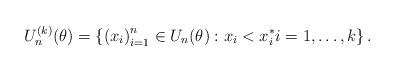
LaTeX: \begin{align*}U_n^{(k)}(\theta) = \left\{ \left( x_i \right)_{i=1}^n \in U_n(\theta) : x_i < x_i^* i=1,\ldots, k \right\}. \end{align*}